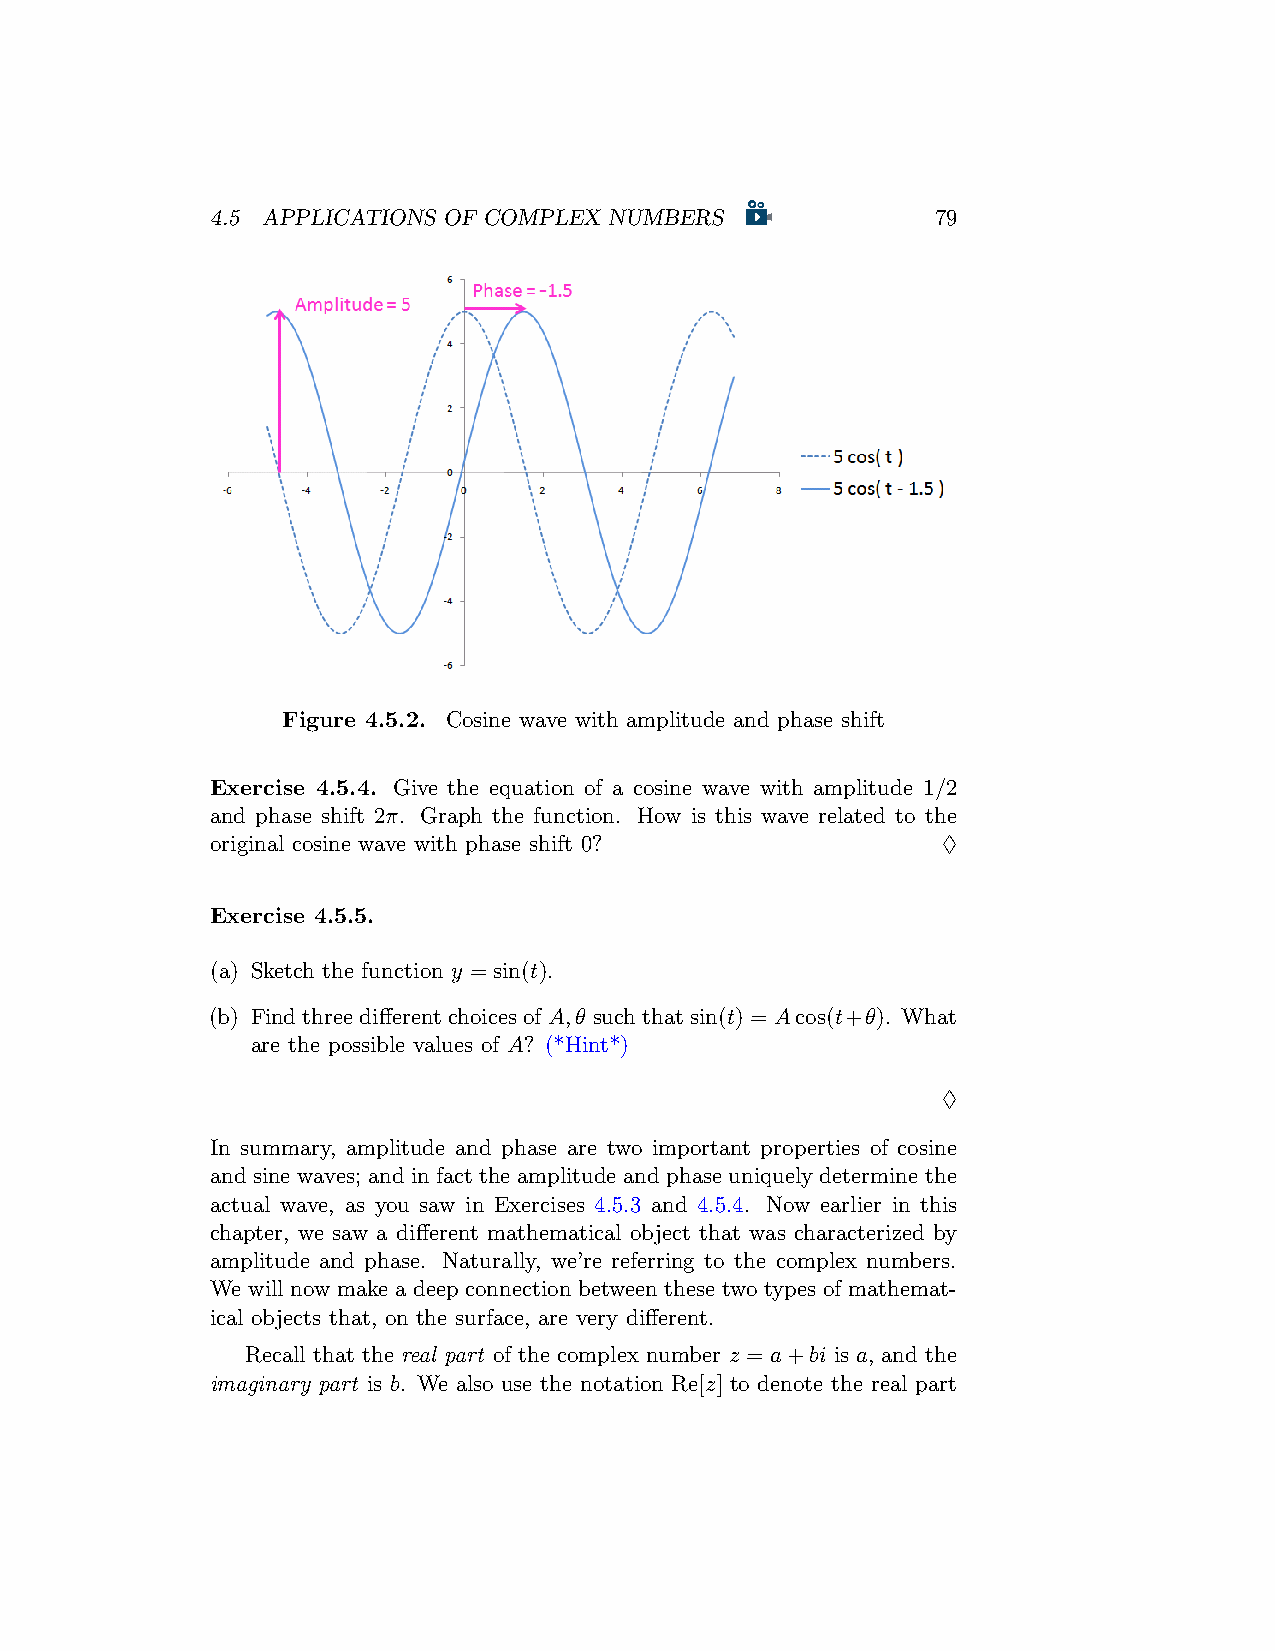
4.5 APPLICATIONS OF COMPLEX NUMBERS             79
 Figure 4.5.2. Cosine wave with amplitude and phase shift
 Exercise 4.5.4. Give the equation of a cosine wave with amplitude 1/2
 and phase shift 2π. Graph the function. How is this wave related to the
 original cosine wave with phase shift 0?        ♢
 Exercise 4.5.5.
 (a) Sketch the function y = sin(t).
 (b) FindthreedifferentchoicesofA,θ suchthatsin(t) = Acos(t+θ). What
 are the possible values of A? (*Hint*)
 ♢
 In summary, amplitude and phase are two important properties of cosine
 and sine waves; and in fact the amplitude and phase uniquely determine the
 actual wave, as you saw in Exercises 4.5.3 and 4.5.4. Now earlier in this
 chapter, we saw a different mathematical object that was characterized by
 amplitude and phase. Naturally, we’re referring to the complex numbers.
 We will now make a deep connection between these two types of mathemat-
 ical objects that, on the surface, are very different.
 Recall that the real part of the complex number z = a+bi is a, and the
 imaginary part is b. We also use the notation Re[z] to denote the real part